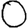
Digit: 0